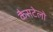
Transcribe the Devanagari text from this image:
कैसटेलो